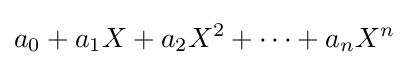
a_{0}+a_{1}X+a_{2}X^{2}+\cdots +a_{n}X^{n}